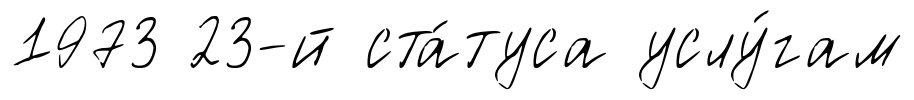
1973 23-й ста́туса услу́гам